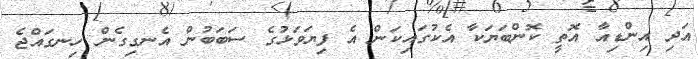
އަދި އިންޑިއާ އޮތީ ކޮންބަޔަކާ އެކުގައިކަން އެ ފިޔަވަޅުގެ ސަބަބުން އެނގިގެން ހިނގައްޖެ